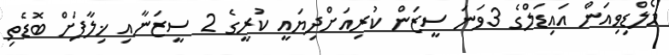
މޯލްޑިވިއަން އައިޑަލްގެ 3ވަނަ ސީޒަން ކުރިއަށްދިޔައީ ކުރީގެ 2 ސީޒަނާއި ޚިލާފަށް ބޮޑެތި